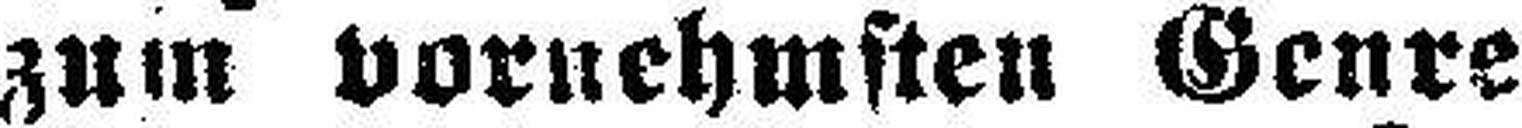
zum vornehmsten Genre